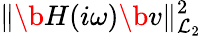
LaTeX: \| \b{H}(i\omega)\b{v}\| _{\mathcal{L}_{2}}^{2}